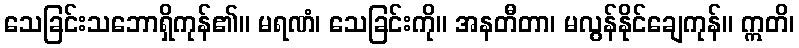
သေခြင်းသဘောရှိကုန်၏။ မရဏံ၊ သေခြင်းကို။ အနတီတာ၊ မလွန်နိုင်ချေကုန်။ ဣတိ၊